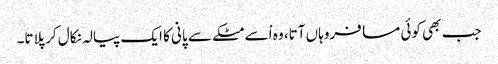
جب بھی کوئی مسافروہاں آتا، وہ اْسے مٹکے سے پانی کا ایک پیالہ نکال کر پلاتا۔